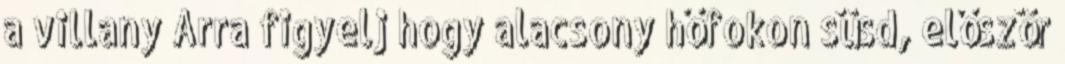
a villany Arra figyelj hogy alacsony hőfokon süsd, először